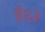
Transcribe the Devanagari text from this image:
ई६३